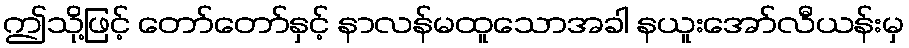
ဤသို့ဖြင့် တော်တော်နှင့် နာလန်မထူသောအခါ နယူးအော်လီယန်းမှ